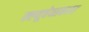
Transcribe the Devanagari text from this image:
क्ल्यूचेव्सकाया